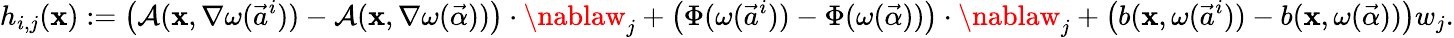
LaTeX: h_{i,j}(\mathbf{x}):=\big({\mathcal{{A}}}(\mathbf{x},\nabla\omega(\vec{{a}}^{i}))-{\mathcal{{A}}}(\mathbf{x},\nabla\omega(\vec{{\alpha}}))\big)\cdot\nablaw_{j}+\big(\Phi(\omega(\vec{{a}}^{i}))-\Phi(\omega(\vec{{\alpha}}))\big)\cdot\nablaw_{j}+\big(b(\mathbf{x},\omega(\vec{{a}}^{i}))-b(\mathbf{x},\omega(\vec{{\alpha}}))\big)w_{j}.